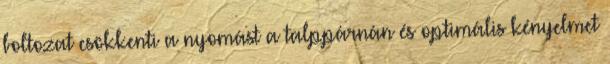
boltozat csökkenti a nyomást a talppárnán és optimális kényelmet